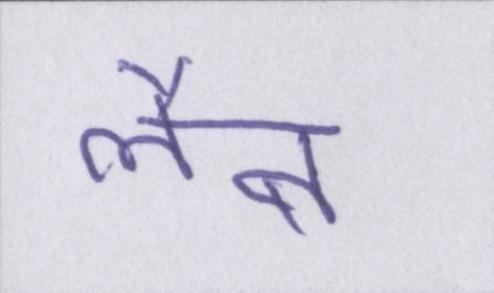
लैब